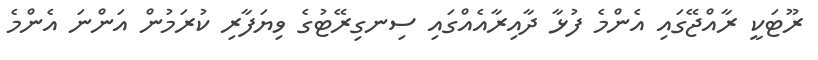
ރޫޓަކީ ރާއްޖޭގައި އެންމެ ފުޅާ ދާއިރާއެއްގައި ސިނގިރޭޓުގެ ވިޔަފާރި ކުރަމުން އަންނަ އެންމެ